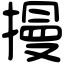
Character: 摱